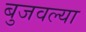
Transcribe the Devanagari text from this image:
बुजवल्या